NAE_EAA_P-1039_Kommunismi_Majak_kalurikolhoos, lk 4
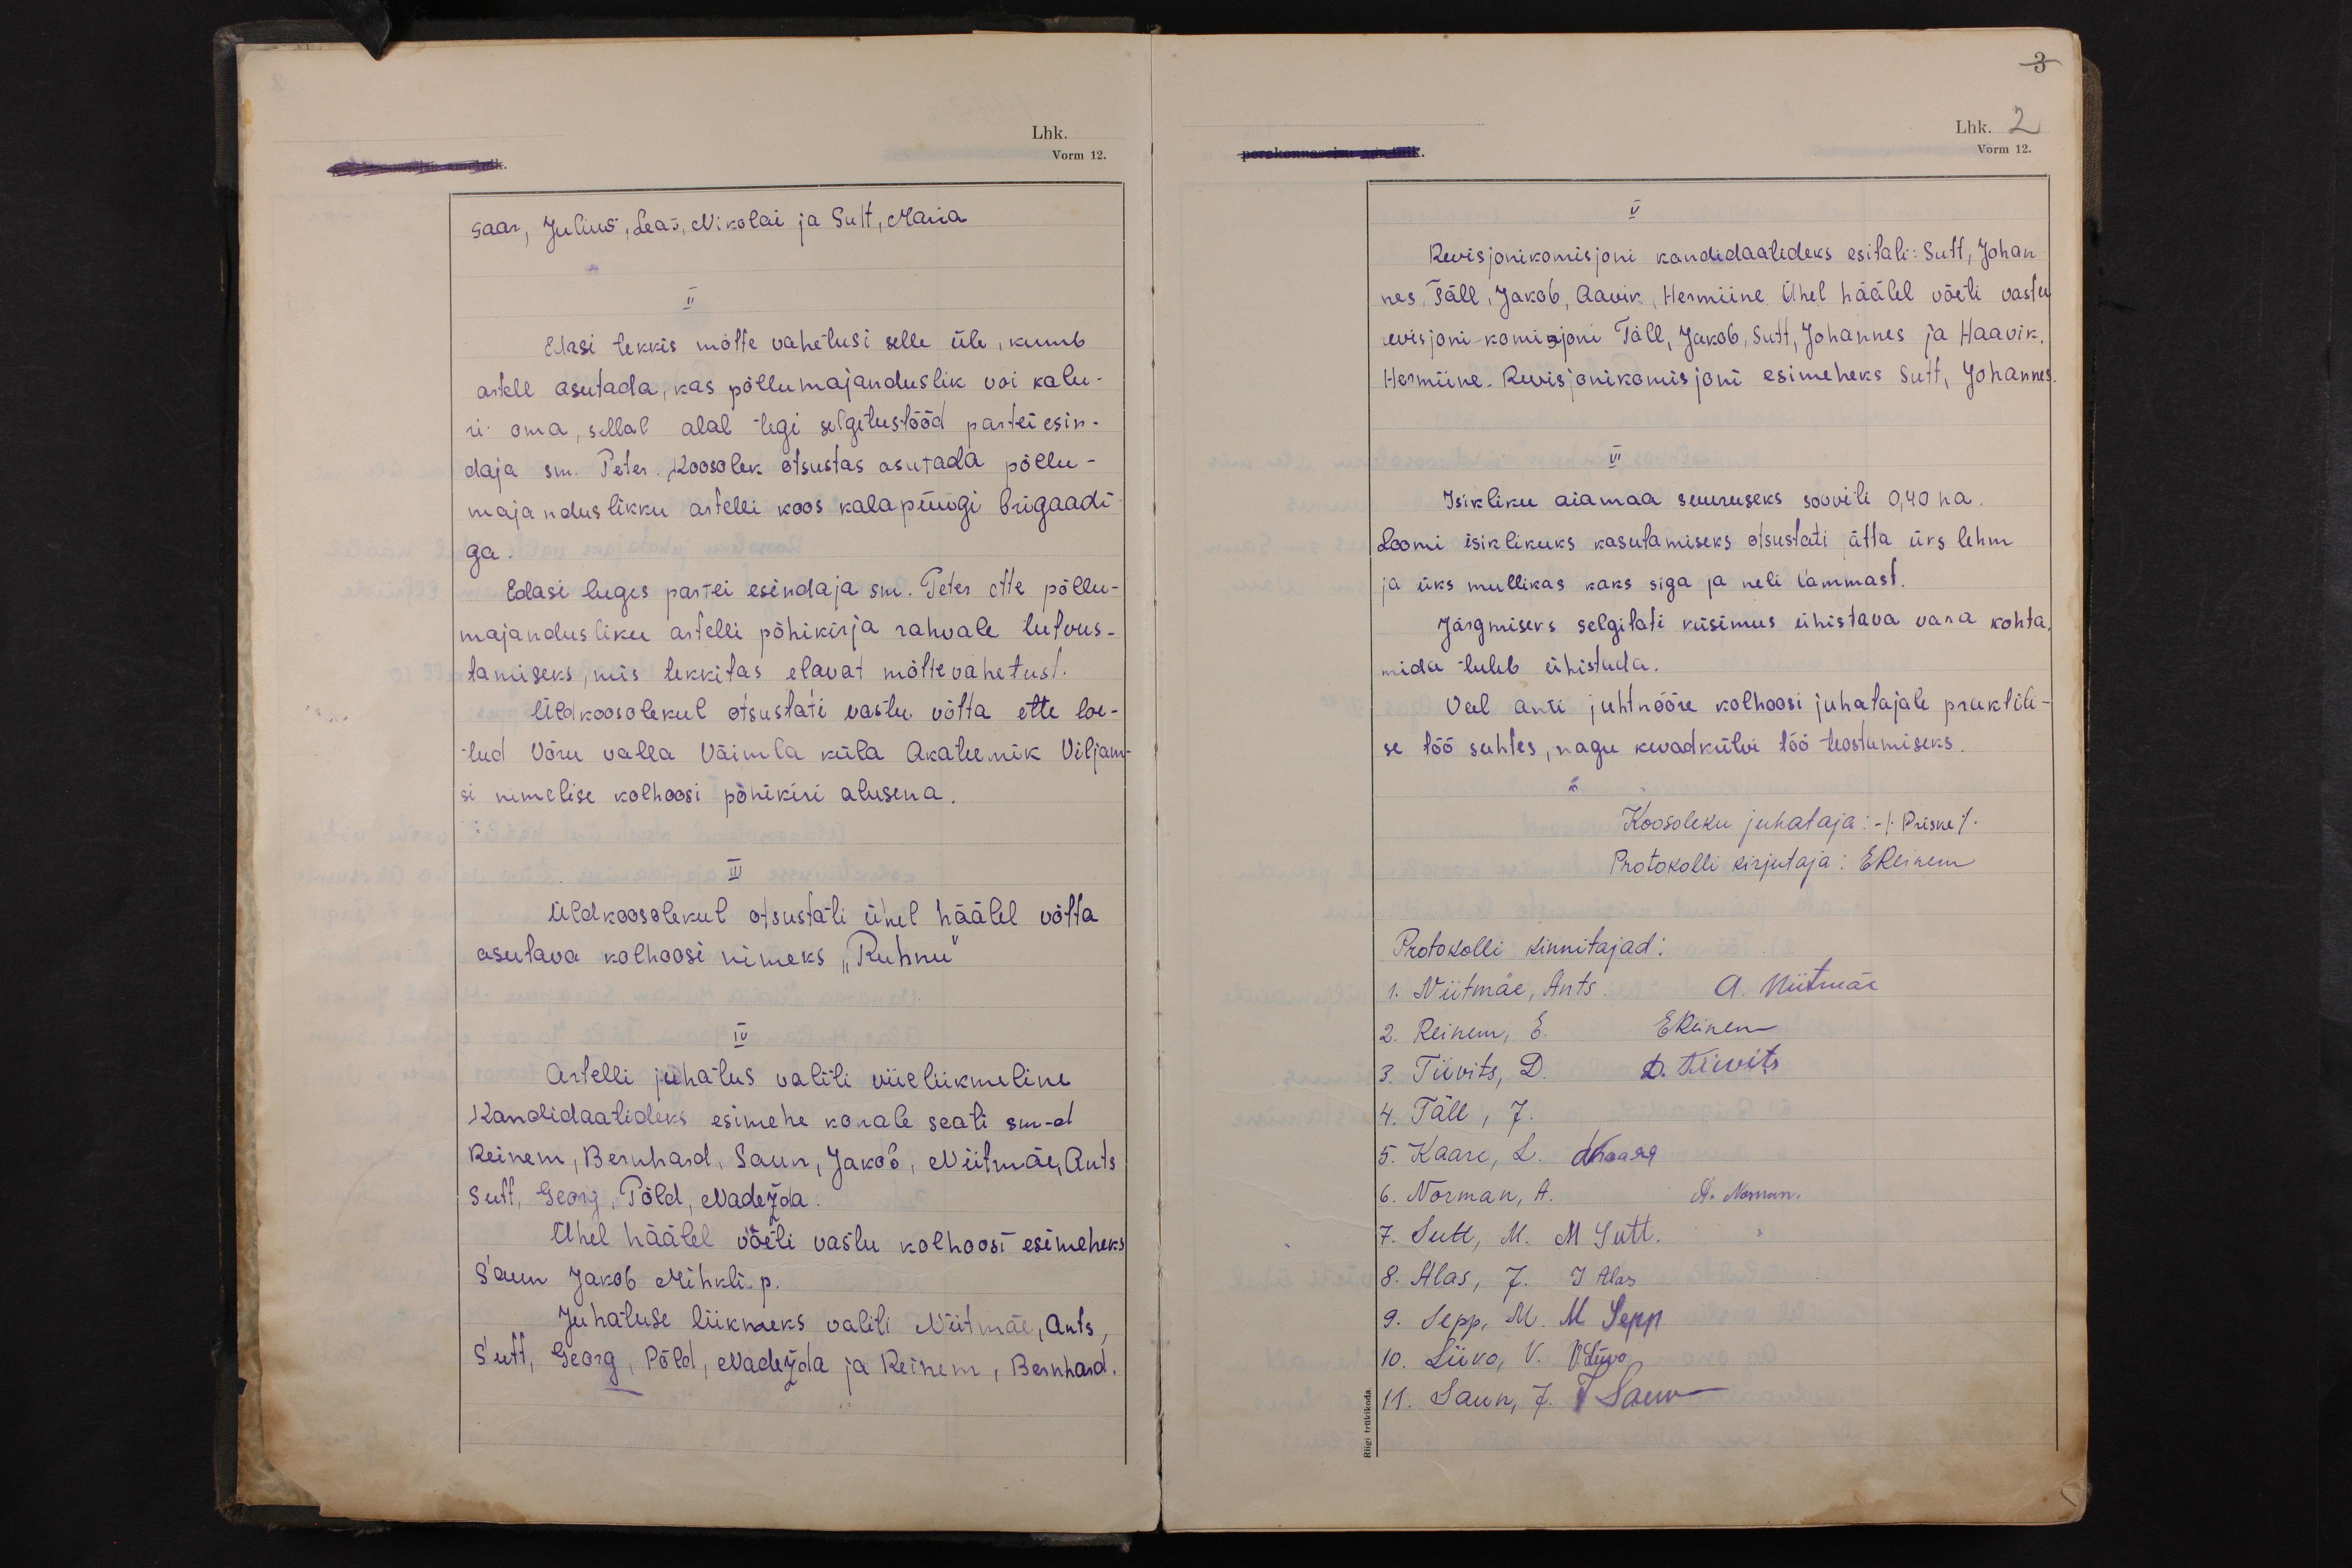
3.
Lhk. 2
Vorm 12.

saar, Julius, Leas, Nikolai ja Sutt, Maria
II
Edasi tekkis mõtte vahetusi selle üle, kumb
artell asutada, kas põllumajanduslik voi kalu-
ri oma, sellal alal tegi selgitustööd partei esin-
daja sm. Peter. Koosolek otsustas asutada põllu-
majanduslikku artelli koos kalapüügi brigaadi-
ga.
Edasi luges partei esindaja sm. Peter ette põllu-
majandusliku artelli põhikirja rahvale tutvus-
tamiseks, mis tekkitas elavat mõttevahetust.
Üldkoosolekul otsustati vastu võtta ette loe-
tud Võru valla Väimla küla Akateemik Viljam-
si nimelise kolhoosi põhikiri alusena.
III
Üldkoosolekul otsustati ühel häälel võtta
asutava kolhoosi nimeks "Ruhnu"
IV
Artelli juhatus valiti viieliikmeline
Kandidaatideks esimehe kohale seati sm-d
Reinem, Bernhard, Saun, Jakob, Niitmäe, Ants
Sutt, Georg, Põld, Nadežda.
Ühel häälel võeti vastu kolhoosi esimeheks
Saun Jakob Mihkli p.
Juhatuse liikmeks valiti Niitmäe, Ants,
Sutt, Georg, Põld, Nadežda ja Reinem, Bernhard.

Revisjonikomisjoni kandidaatideks esitati: Sutt, Johan-
nes, Täll, Jakob, Aavik, Hermiine. Ühel häälel võeti vastu
revisjoni-komisjoni Täll, Jakob, Sutt, Johannes ja Haavik,
Hermiine. Revisjonikomisjoni esimeheks Sutt, Johannes.
VI
Isikliku aiamaa suuruseks sooviti 0,40 ha.
Loomi isiklikuks kasutamiseks otsustati jätta üks lehm
ja üks mullikas kaks siga ja neli lammast.
Järgmiseks selgitati küsimus ühistava vara kohta,
mida tuleb ühistada.
Veel anti juhtnööre kolhoosi juhatajale praktili-
se töö suhtes, nagu kevadkülvi töö teostamiseks.
Koosoleku juhataja:  (Priske)
Protokolli kirjutaja: EReinem
Protokolli kinnitajad:
1. Niitmäe, Ants. A. Niitmäe
2. Reinem, E. EReinem
3. Tiivits, D. D. Tiivits
4. Täll, J.
5. Kaare, L. LKaare
6. Norman, A. A. Norman.
7. Sutt, M. M Sutt.
8. Alas, J. J Alas
9. Sepp, M. M Sepp
10. Liivo, V. V. Liivo
11. Saun, J. J Saun